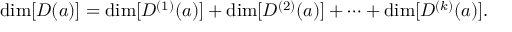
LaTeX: \dim [ D ( a ) ] = \dim [ D ^ { ( 1 ) } ( a ) ] + \dim [ D ^ { ( 2 ) } ( a ) ] + \cdots + \dim [ D ^ { ( k ) } ( a ) ] .